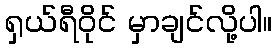
ရှယ်ရီဝိုင် မှာချင်လို့ပါ။